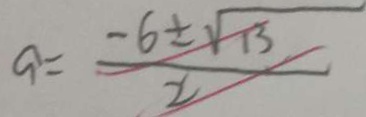
a = \frac { - 6 \pm \sqrt { 1 3 } } { 2 }